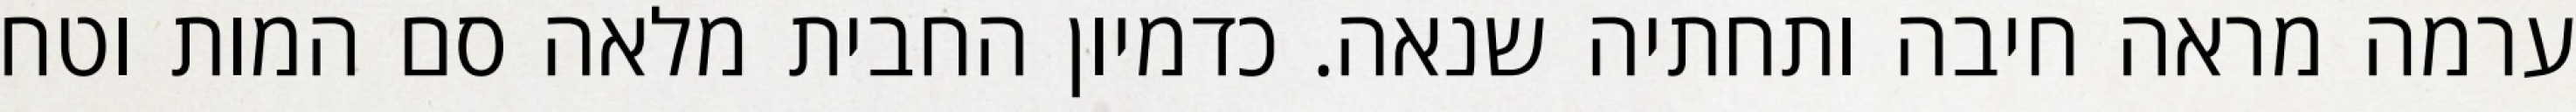
ערמה מראה חיבה ותחתיה שנאה. כדמיון החבית מלאה סם המות וטח